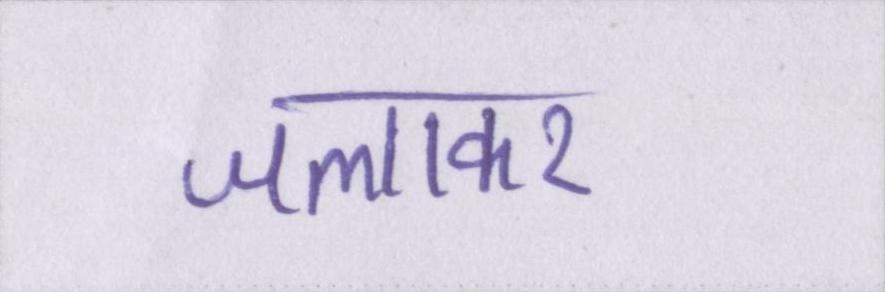
जलाकर